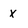
Character: x